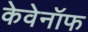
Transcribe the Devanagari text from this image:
केवेनॉफ